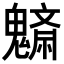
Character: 𩴚